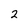
Character: 2